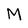
Character: M